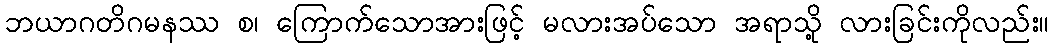
ဘယာဂတိဂမနဿ စ၊ ကြောက်သောအားဖြင့် မလားအပ်သော အရာသို့ လားခြင်းကိုလည်း။